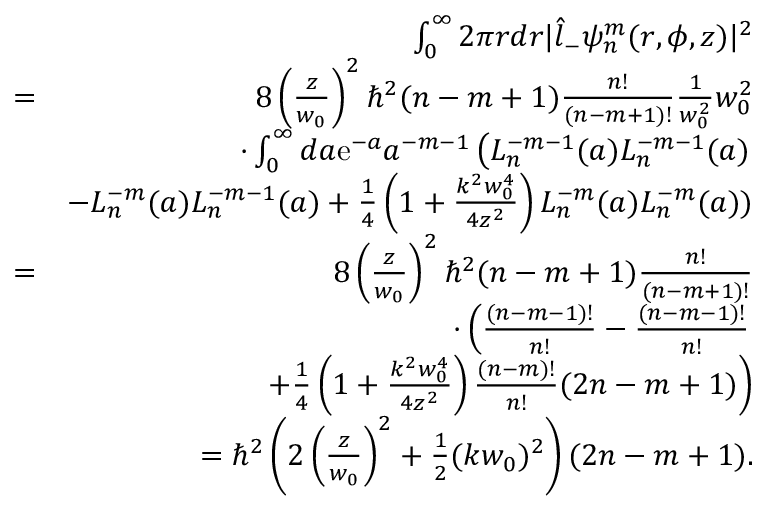
\begin{array} { r l r } & { } & { \int _ { 0 } ^ { \infty } 2 \pi r d r | \hat { l } _ { - } \psi _ { n } ^ { m } ( r , \phi , z ) | ^ { 2 } } \\ & { = } & { 8 \left( \frac { z } { w _ { 0 } } \right) ^ { 2 } \hbar ^ { 2 } ( n - m + 1 ) \frac { n ! } { ( n - m + 1 ) ! } \frac { 1 } { w _ { 0 } ^ { 2 } } w _ { 0 } ^ { 2 } } \\ & { } & { \cdot \int _ { 0 } ^ { \infty } d a \mathrm { e } ^ { - a } a ^ { - m - 1 } \left( L _ { n } ^ { - m - 1 } ( a ) L _ { n } ^ { - m - 1 } ( a ) \right. } \\ & { } & { - L _ { n } ^ { - m } ( a ) L _ { n } ^ { - m - 1 } ( a ) + \frac { 1 } { 4 } \left( 1 + \frac { k ^ { 2 } w _ { 0 } ^ { 4 } } { 4 z ^ { 2 } } \right) L _ { n } ^ { - m } ( a ) L _ { n } ^ { - m } ( a ) ) } \\ & { = } & { 8 \left( \frac { z } { w _ { 0 } } \right) ^ { 2 } \hbar ^ { 2 } ( n - m + 1 ) \frac { n ! } { ( n - m + 1 ) ! } } \\ & { } & { \cdot \left( \frac { ( n - m - 1 ) ! } { n ! } - \frac { ( n - m - 1 ) ! } { n ! } \right. } \\ & { } & { \left. + \frac { 1 } { 4 } \left( 1 + \frac { k ^ { 2 } w _ { 0 } ^ { 4 } } { 4 z ^ { 2 } } \right) \frac { ( n - m ) ! } { n ! } ( 2 n - m + 1 ) \right) } \\ & { } & { = \hbar ^ { 2 } \left( 2 \left( \frac { z } { w _ { 0 } } \right) ^ { 2 } + \frac { 1 } { 2 } ( k w _ { 0 } ) ^ { 2 } \right) ( 2 n - m + 1 ) . } \end{array}